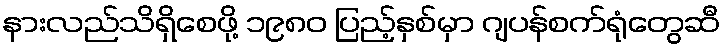
နားလည်သိရှိစေဖို့ ၁၉၈၀ ပြည့်နှစ်မှာ ဂျပန်စက်ရုံတွေဆီ